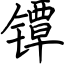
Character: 镡